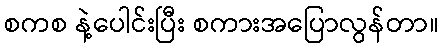
စကစ နဲ့ပေါင်းပြီး စကားအပြောလွန်တာ။